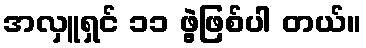
အလှူရှင် ၁၁ ဖွဲ့ဖြစ်ပါ တယ်။